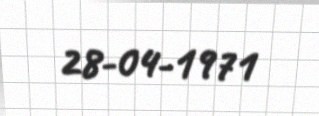
28-04-1971